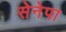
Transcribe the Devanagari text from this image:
सेनेपा